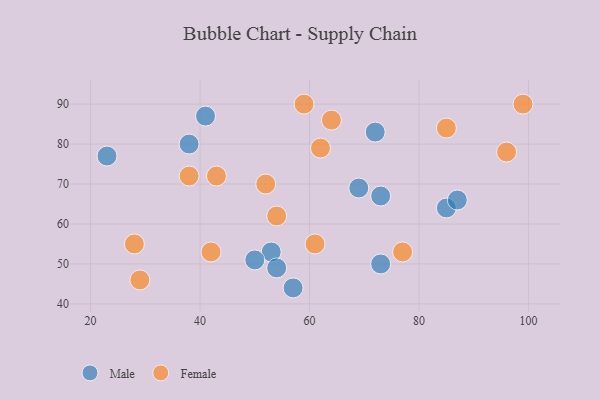
{"axis": {"x": "GDP", "y": "Life Expectancy"}, "legend": ["Female", "Male"], "data": [{"x": "69", "y": 69, "type": "Male"}, {"x": "38", "y": 80, "type": "Male"}, {"x": "41", "y": 87, "type": "Male"}, {"x": "53", "y": 53, "type": "Male"}, {"x": "54", "y": 49, "type": "Male"}, {"x": "85", "y": 64, "type": "Male"}, {"x": "50", "y": 51, "type": "Male"}, {"x": "23", "y": 77, "type": "Male"}, {"x": "57", "y": 44, "type": "Male"}, {"x": "72", "y": 83, "type": "Male"}, {"x": "73", "y": 50, "type": "Male"}, {"x": "73", "y": 67, "type": "Male"}, {"x": "87", "y": 66, "type": "Male"}, {"x": "96", "y": 78, "type": "Female"}, {"x": "99", "y": 90, "type": "Female"}, {"x": "77", "y": 53, "type": "Female"}, {"x": "29", "y": 46, "type": "Female"}, {"x": "28", "y": 55, "type": "Female"}, {"x": "62", "y": 79, "type": "Female"}, {"x": "43", "y": 72, "type": "Female"}, {"x": "42", "y": 53, "type": "Female"}, {"x": "61", "y": 55, "type": "Female"}, {"x": "85", "y": 84, "type": "Female"}, {"x": "64", "y": 86, "type": "Female"}, {"x": "59", "y": 90, "type": "Female"}, {"x": "54", "y": 62, "type": "Female"}, {"x": "52", "y": 70, "type": "Female"}, {"x": "38", "y": 72, "type": "Female"}]}